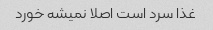
غذا سرد است اصلا نمیشه خورد